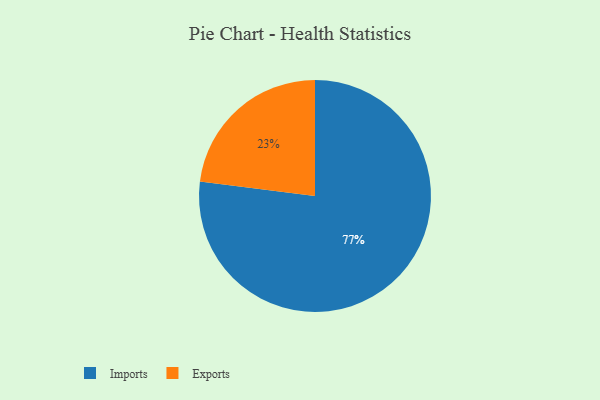
{"axis": {"x": "Category", "y": "Percentage"}, "legend": ["Exports", "Imports"], "data": [{"x": "Imports", "y": 77, "type": "Imports"}, {"x": "Exports", "y": 23, "type": "Exports"}]}